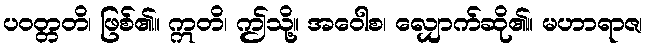
ပဝတ္တတိ၊ ဖြစ်၏။ ဣတိ၊ ဤသို့။ အဝေါစ၊ လျှောက်ဆို၏။ မဟာရာဇ၊